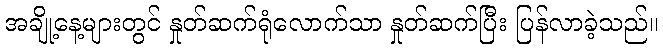
အချို့နေ့များတွင် နှုတ်ဆက်ရုံလောက်သာ နှုတ်ဆက်ပြီး ပြန်လာခဲ့သည်။